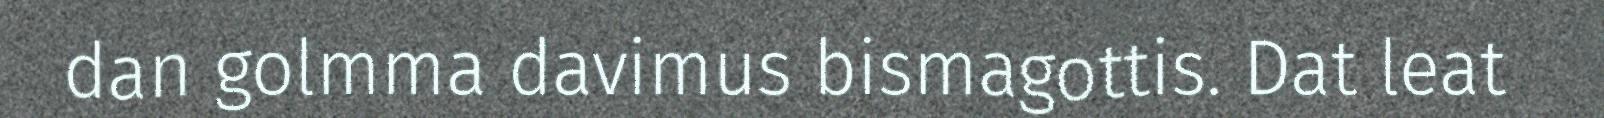
dan golmma davimus bismagottis. Dat leat